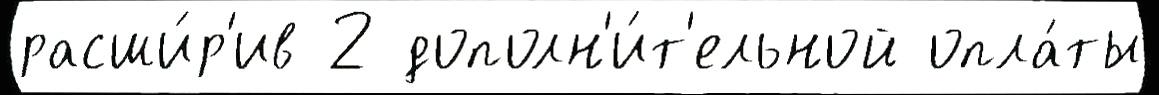
расши́р'ив 2 дополн'и́т'ельной опла́ты